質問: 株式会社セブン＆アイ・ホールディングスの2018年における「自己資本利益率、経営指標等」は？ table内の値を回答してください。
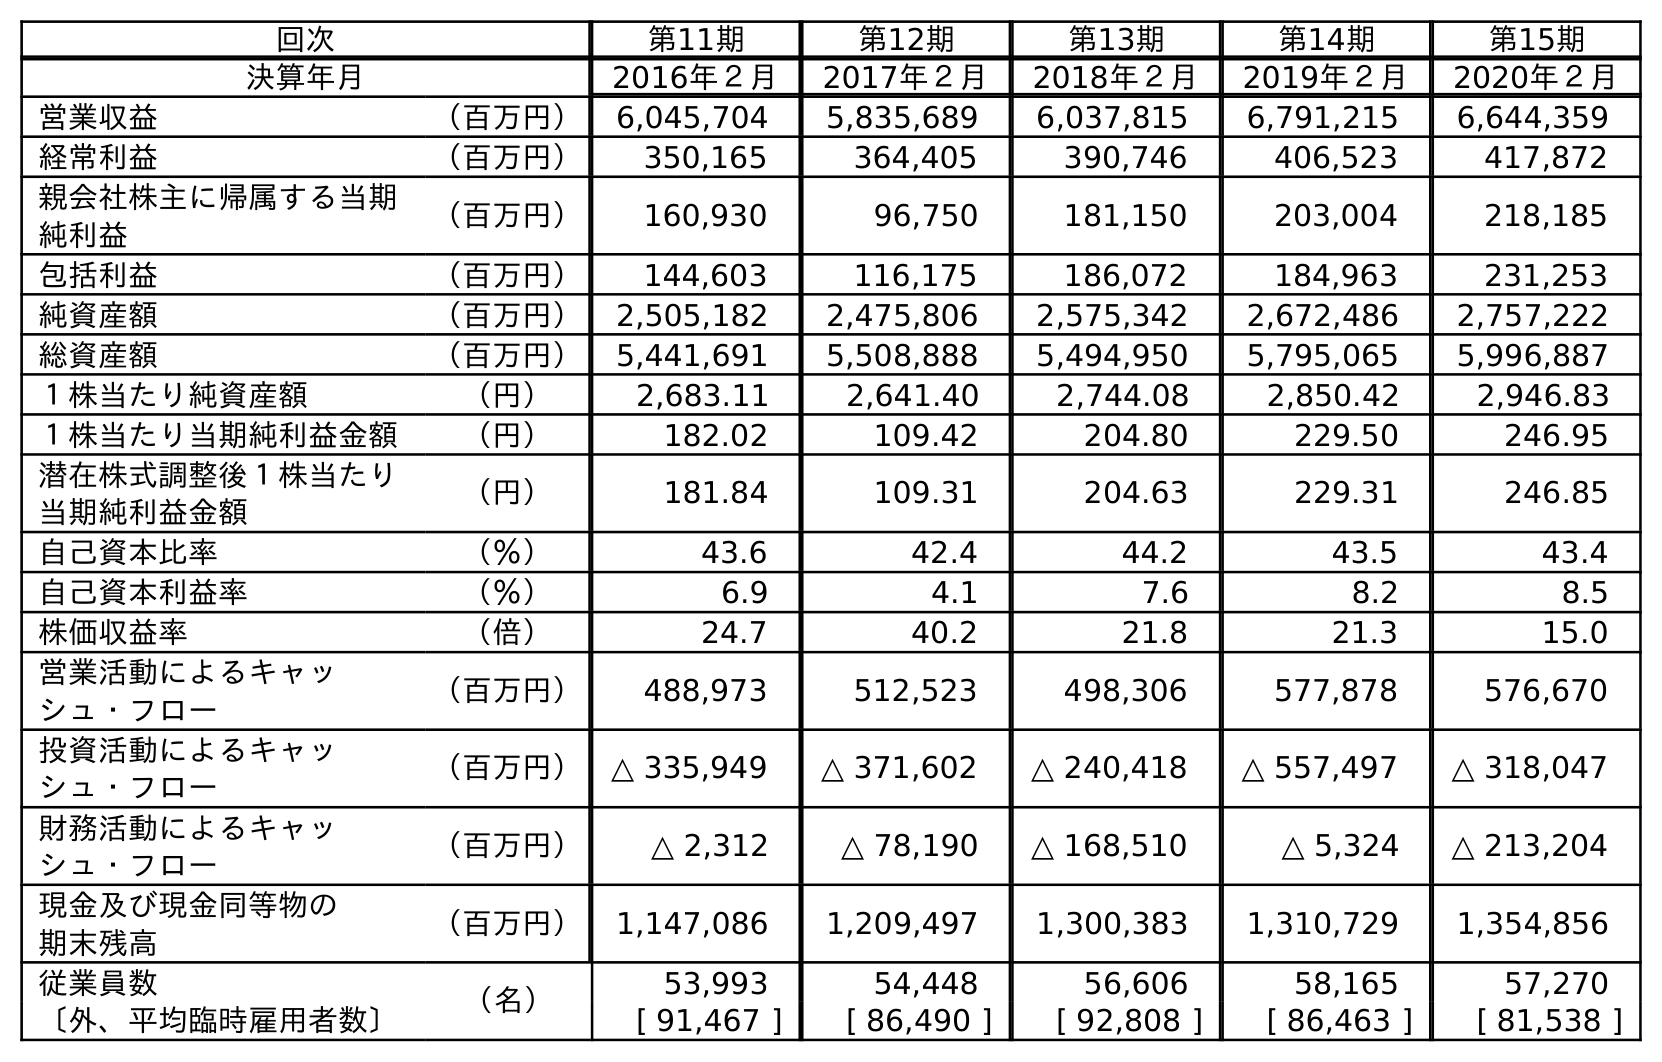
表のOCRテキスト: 回次 第11期 第12期 第13期 第14期 第15期 決算年月 2016年２月 2017年２月 2018年２月 2019年２月 2020年２月 営業収益 （百万円） 6,045,704 5,835,689 6,037,815 6,791,215 6,644,359 経常利益 （百万円） 350,165 364,405 390,746 406,523 417,872 親会社株主に帰属する当期 純利益 （百万円） 160,930 96,750 181,150 203,004 218,185 包括利益 （百万円） 144,603 116,175 186,072 184,963 231,253 純資産額 （百万円） 2,505,182 2,475,806 2,575,342 2,672,486 2,757,222 総資産額 （百万円） 5,441,691 5,508,888 5,494,950 5,795,065 5,996,887 １株当たり純資産額 （円） 2,683.11 2,641.40 2,744.08 2,850.42 2,946.83 １株当たり当期純利益金額 （円） 182.02 109.42 204.80 229.50 246.95 潜在株式調整後１株当たり 当期純利益金額 （円） 181.84 109.31 204.63 229.31 246.85 自己資本比率 （％） 43.6 42.4 44.2 43.5 43.4 自己資本利益率 （％） 6.9 4.1 7.6 8.2 8.5 株価収益率 （倍） 24.7 40.2 21.8 21.3 15.0 営業活動によるキャッ シュ・フロー （百万円） 488,973 512,523 498,306 577,878 576,670 投資活動によるキャッ シュ・フロー （百万円） △ 335,949 △ 371,602 △ 240,418 △ 557,497 △ 318,047 財務活動によるキャッ シュ・フロー （百万円） △ 2,312 △ 78,190 △ 168,510 △ 5,324 △ 213,204 現金及び現金同等物の 期末残高 （百万円） 1,147,086 1,209,497 1,300,383 1,310,729 1,354,856 従業員数 （名） 53,993 54,448 56,606 58,165 57,270 〔外、平均臨時雇用者数〕 [ 91,467 ] [ 86,490 ] [ 92,808 ] [ 86,463 ] [ 81,538 ]
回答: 7.6